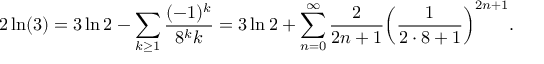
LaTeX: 2 \ln ( 3 ) = 3 \ln 2 - \sum _ { k \geq 1 } { \frac { ( - 1 ) ^ { k } } { 8 ^ { k } k } } = 3 \ln 2 + \sum _ { n = 0 } ^ { \infty } { \frac { 2 } { 2 n + 1 } } { \left( { \frac { 1 } { 2 \cdot 8 + 1 } } \right) } ^ { 2 n + 1 } .